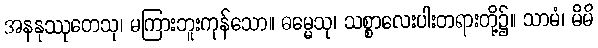
အနနုဿုတေသု၊ မကြားဘူးကုန်သော။ ဓမ္မေသု၊ သစ္စာလေးပါးတရားတို့၌။ သာမံ၊ မိမိ